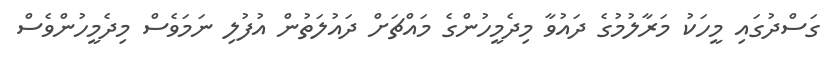
ގަސްދުގައި މީހަކު މަރާލުމުގެ ދައުވާ މިދެމީހުންގެ މައްޗަށް ދައުލަތުން އުފުލި ނަމަވެސް މިދެމީހުންވެސް